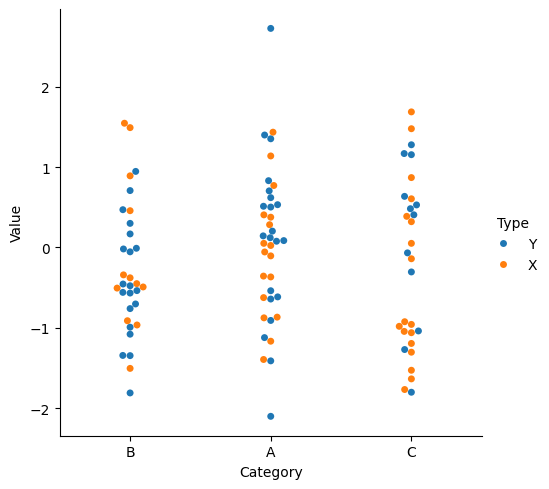
python, seaborn, catplot, kind='swarm', height=5, aspect=1